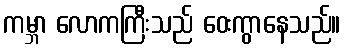
ကမ္ဘာ လောကကြီးသည် ဝေးကွာနေသည်။